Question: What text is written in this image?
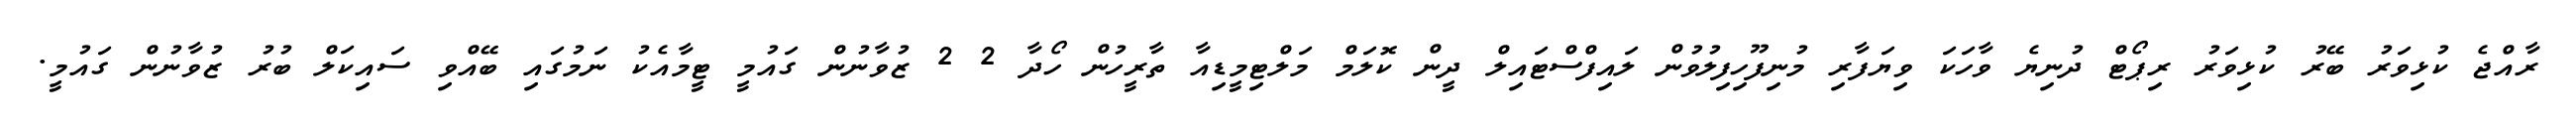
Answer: ރާއްޖެ ކުޅިވަރު ބޭރު ކުޅިވަރު ރިޕޯޓް ދުނިޔެ ވާހަކަ ވިޔަފާރި މުނިފޫހިފިލުވުން ލައިފްސްޓައިލް ދީން ކޮލަމް މަލްޓިމީޑިއާ ތާރީހުން ހޯދާ 2 2 ޒުވާނުން ގައުމީ ޓީމާއެކު ނަމުގައި ބޭއްވި ސައިކަލް ބުރު ޒުވާނުން ގައުމީ.